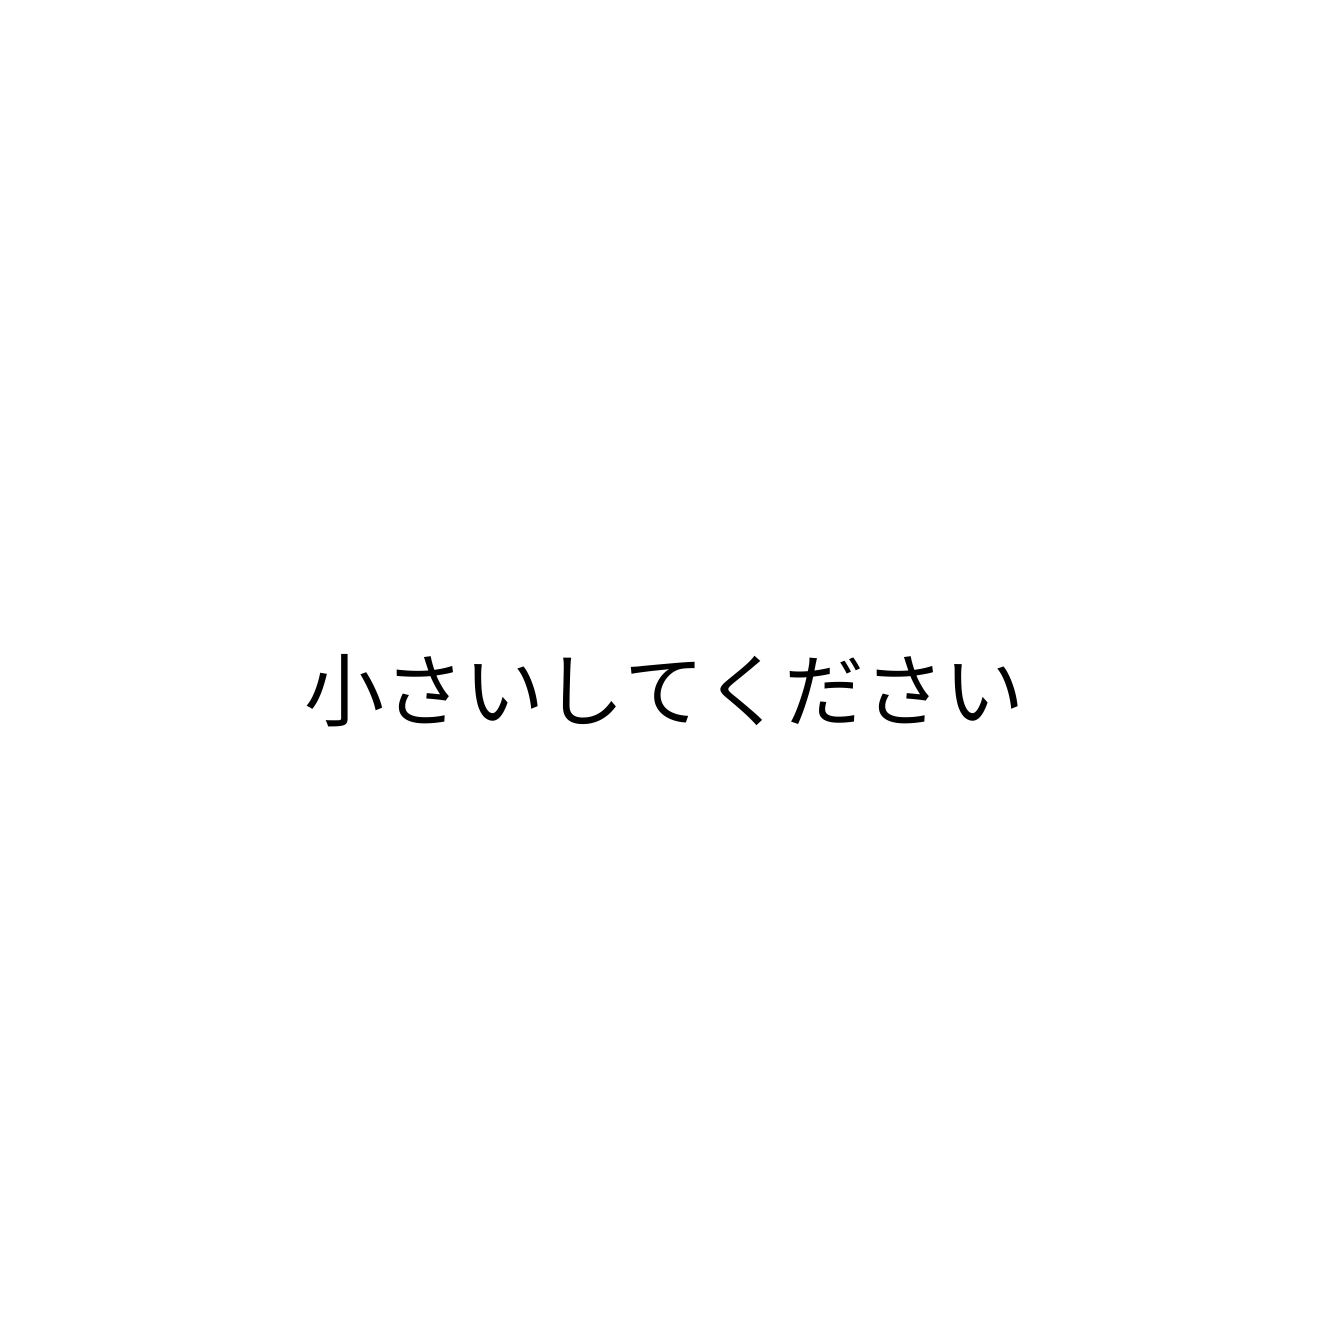
小さいしてください